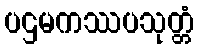
ပဌမကဿပသုတ္တံ